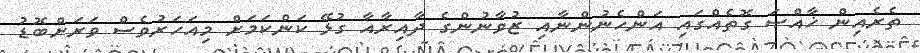
ތެރެއިން ޚާއްޞަ ގޮތެއްގައި އަންހެނުންނާއި ޒުވާނުންގެ ދާއިރާއާ ގުޅޭ ކަންކަމަށް މިއަހަރުވެސް ވަރަށްބޮޑު